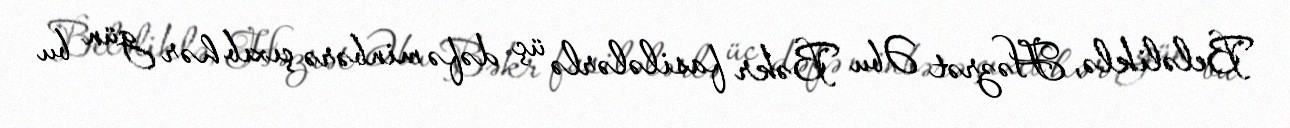
Beləliklə, Həzrət Əbu Bəkr fasilələrlə üç dəfə minbərə çıxıb hər gün bu